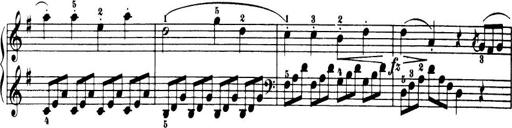
Title: 32 Sonatinas and Rondos for the Piano
Composer: Richard Kleinmichel